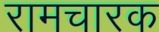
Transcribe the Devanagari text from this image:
रामचारक